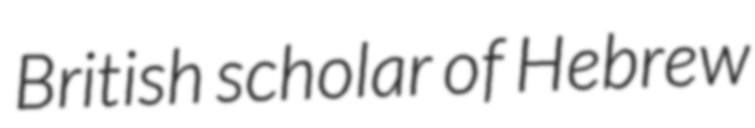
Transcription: British scholar of Hebrew